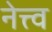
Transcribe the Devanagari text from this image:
नेत्त्व